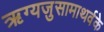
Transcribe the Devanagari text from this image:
ऋग्यजुसामाथर्वके